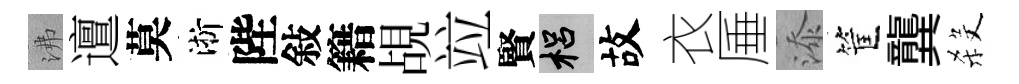
沸邅莫淅陛敍籍覘竝賢梠故衣厜添筐龔殺